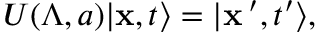
U ( \Lambda , a ) \vert { \bf x } , t \rangle = \vert { \bf x } \, ^ { \prime } , t ^ { \prime } \rangle ,